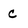
Character: c